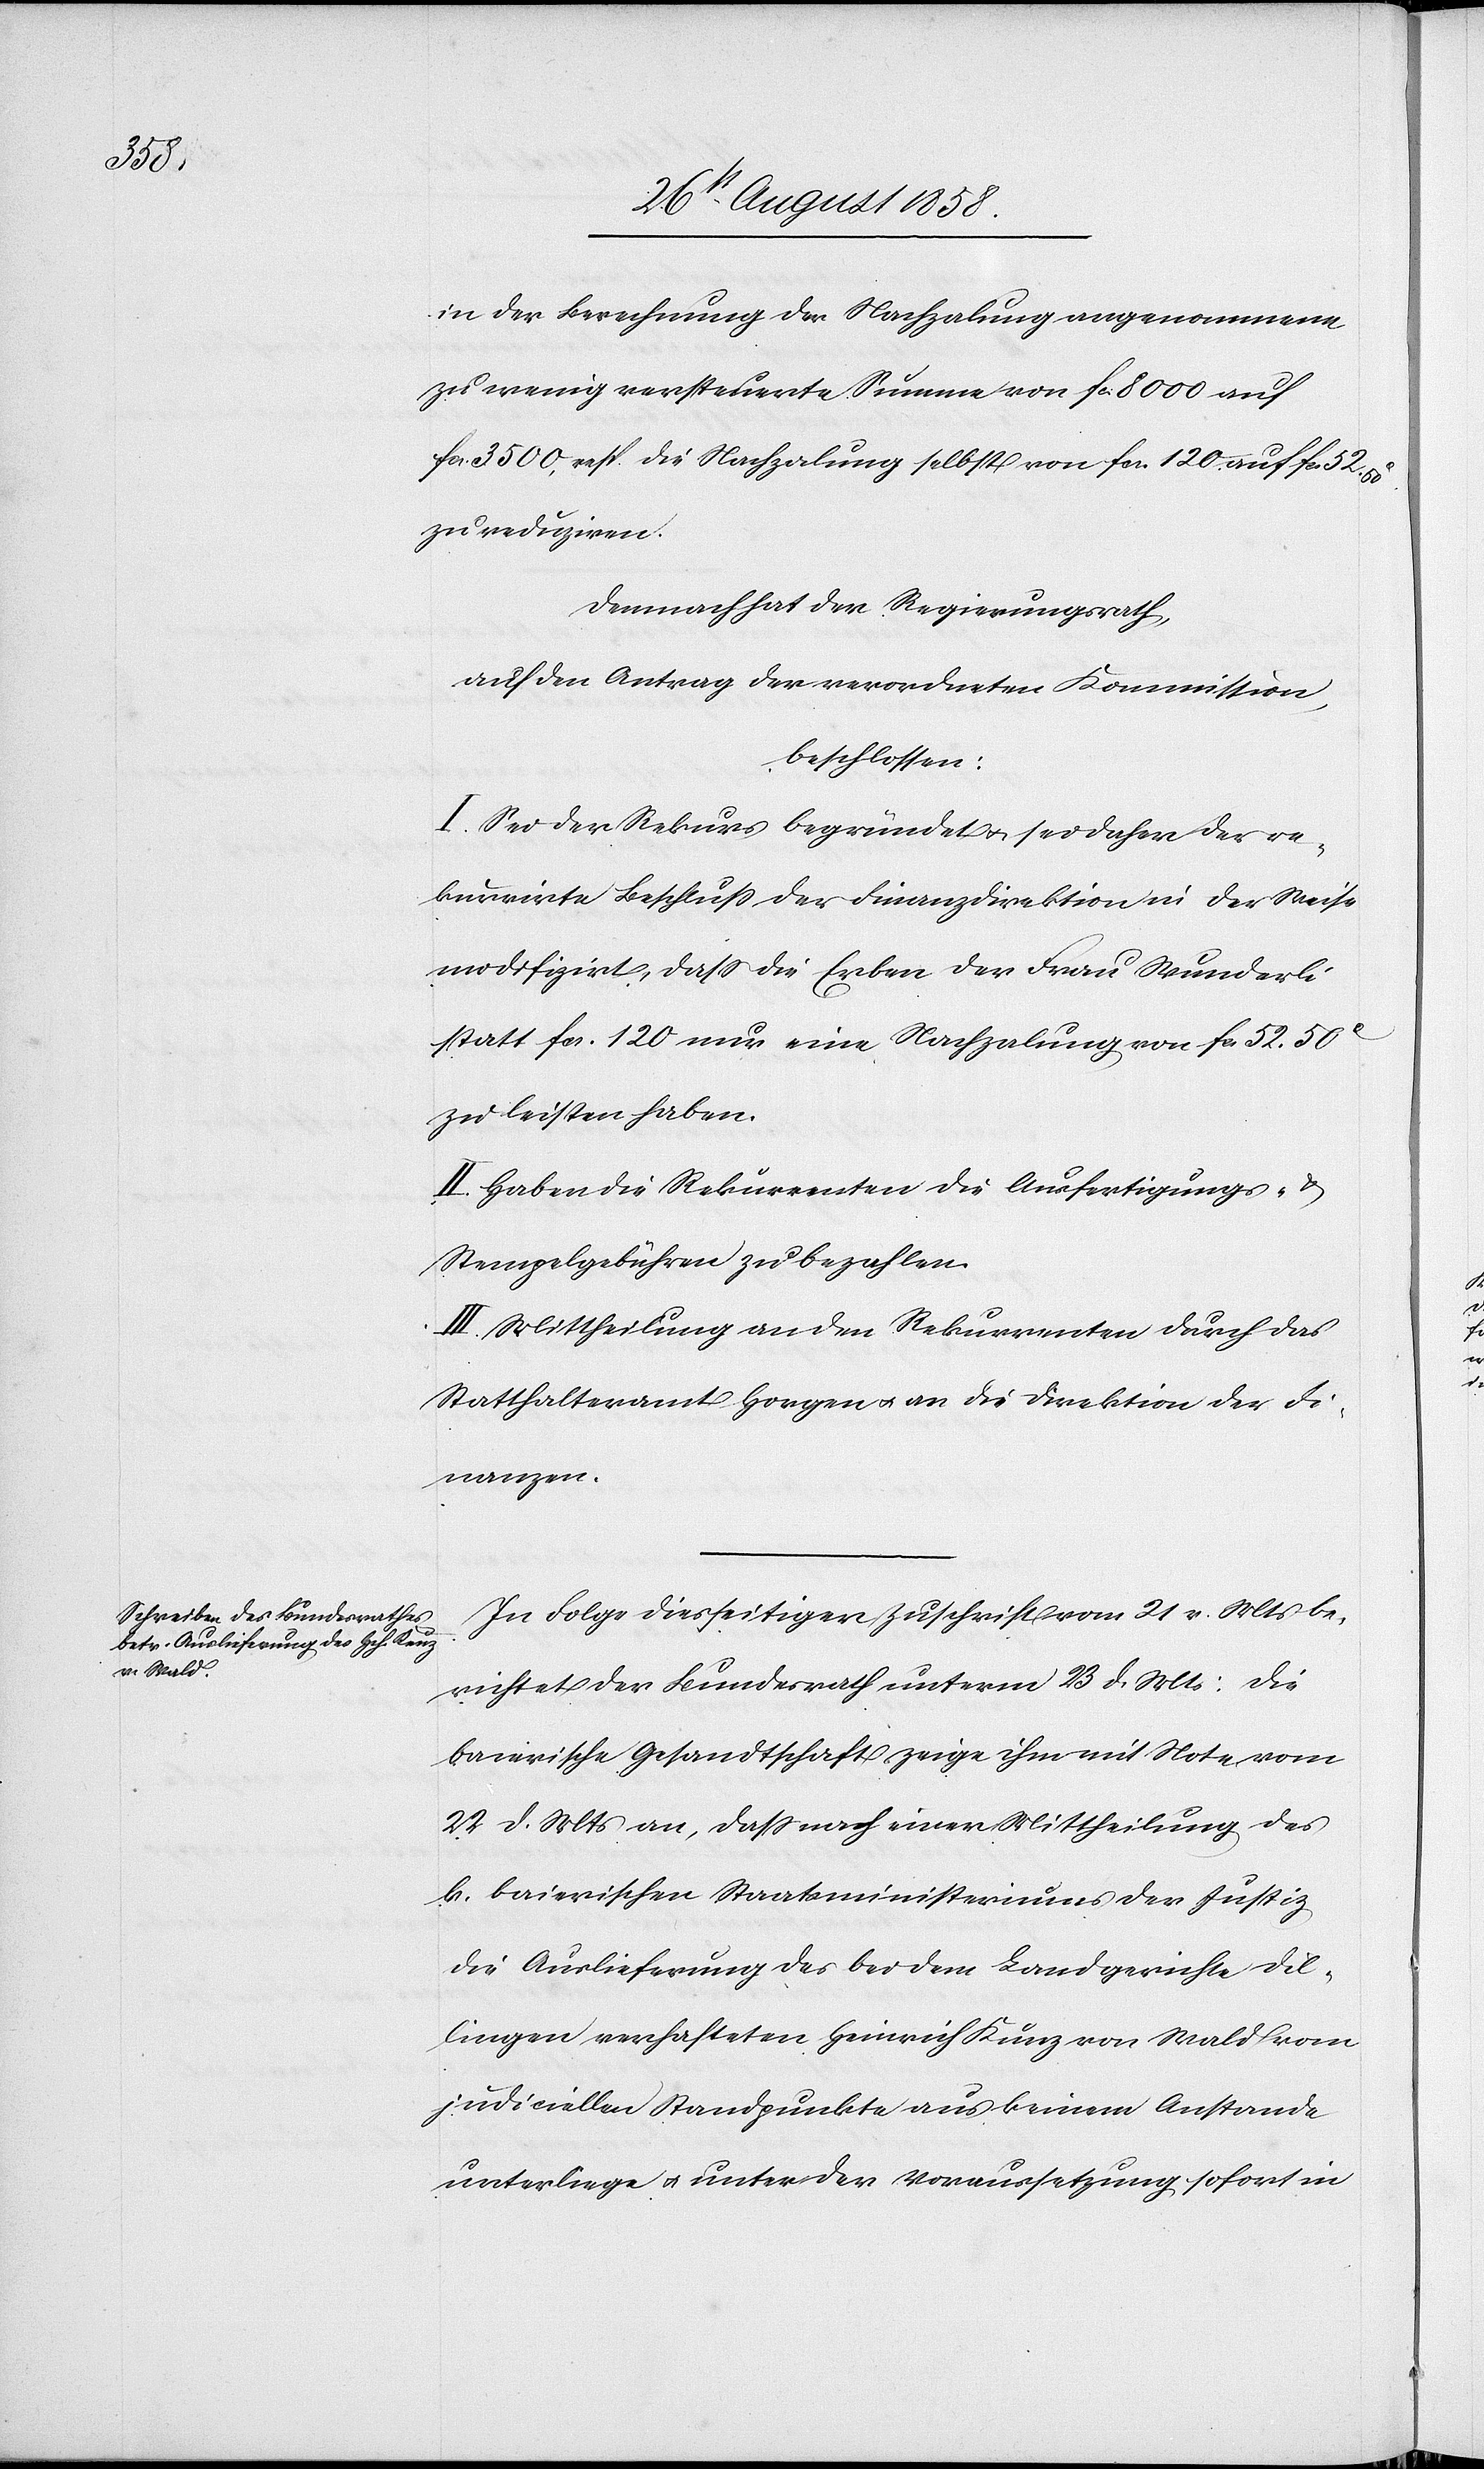
in der Berechnung der Nachzalung angenommene
zu wenig versteuerte Summe von fcs. 8000 auf
fcs. 3500, resp. die Nachzalung selbst von fcs. 120. auf fcs.
zu reduziren.
Demnach hat der Regierungsrath,
auf den Antrag der verordneten Kommission,
beschlossen:
I. Sei der Rekurs begründet & sei daher der re¬
kurrirte Beschluss der Finanzdirektion in der Weise
modifizirt, dass die Erben der Frau Wunderli
50C.
statt fcs. 120 nur eine Nachzalung von fcs. 52. 50C
zu leisten haben.
II. Haben die Rekurrenten die Ausfertigungs-
Stempelgebühren zu bezahlen.
III. Mittheilung an den Rekurrenten durch das
Statthalteramt Horgen & an die Direktion der Fi¬
nanzen.
In Folge diesseitiger Zuschrift vom 21 v. Mts be¬
richtet der Bundesrath unterm 23 d. Mts: Die
baierische Gesandtschaft zeige ihm mit Note vom
22 d. Mts an, dass nach einer Mittheilung des
k. baierischen Staatsministeriums der Justiz
die Auslieferung des bei dem Landgerichte Dil¬
lingen verhafteten Heinrich Kunz von Wald vom
judiciellen Standpunkte aus keinem Anstande
unterliege & unter der Voraussetzung sofort in